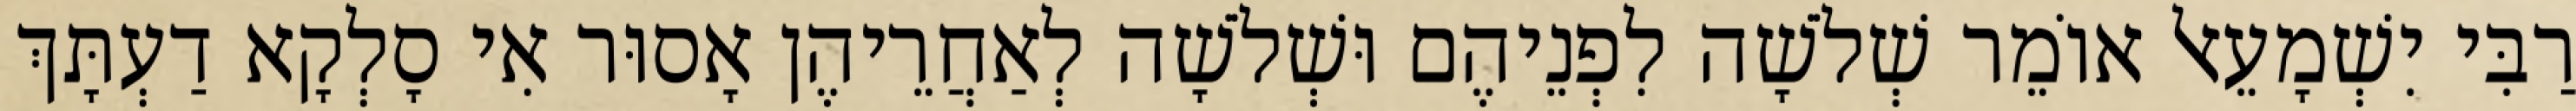
רַבִּי יִשְׁמָעֵאל אוֹמֵר שְׁלֹשָׁה לִפְנֵיהֶם וּשְׁלֹשָׁה לְאַחֲרֵיהֶן אָסוּר אִי סָלְקָא דַעְתָּךְ